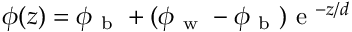
\phi ( z ) = \phi _ { \mathrm { ~ b ~ } } + ( \phi _ { \mathrm { ~ w ~ } } - \phi _ { \mathrm { ~ b ~ } } ) \mathrm { ~ e ~ } ^ { - z / d }